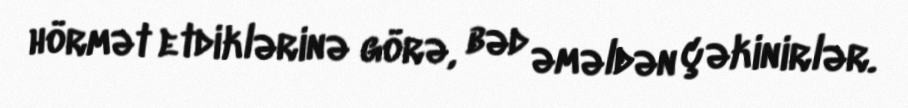
hörmət etdiklərinə görə, bəd əməldən çəkinirlər.